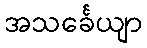
အသင်္ခေယျာ